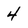
Character: 4